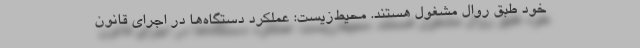
خود طبق روال مشغول هستند. محیط‌زیست: عملکرد دستگاه‌ها در اجرای قانون